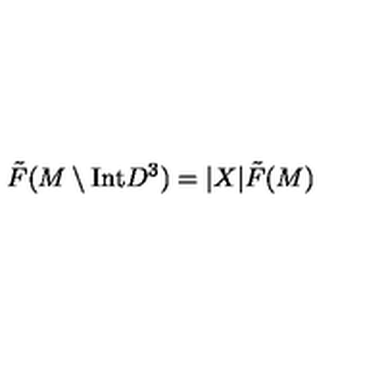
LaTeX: \tilde { F } ( M \setminus \mathrm { I n t } D ^ { 3 } ) = | X | \tilde { F } ( M )